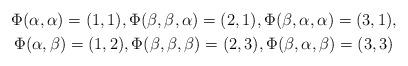
LaTeX: \begin{gather*}\Phi(\alpha, \alpha) = (1,1), \Phi(\beta, \beta, \alpha) = (2,1), \Phi(\beta, \alpha, \alpha) = (3,1), \\\Phi(\alpha, \beta) = (1,2), \Phi(\beta, \beta, \beta) = (2,3), \Phi(\beta, \alpha, \beta) = (3,3)\end{gather*}